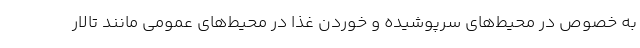
به خصوص در محیط‌های سرپوشیده و خوردن غذا در محیط‌های عمومی مانند تالار